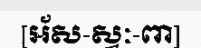
[អ័ស-ស្វៈ-ពា]